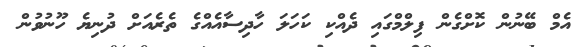
އެމް ބޭނުން ކޮށްގެން ފިލްމްގައި ދެއްކި ކަހަލަ ހާދިސާއެއްގެ ތެރެއަށް ދުނިޔެ ހޫނުވުން